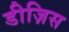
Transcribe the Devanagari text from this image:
डीज़िस